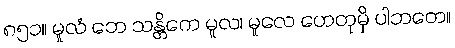
၈၅၁။ မူလံ ဘေ သန္တိကေ မူလ၊ မူလေ ဟေတုမှိ ပါဘတေ။